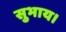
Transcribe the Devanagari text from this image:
सुभाय।